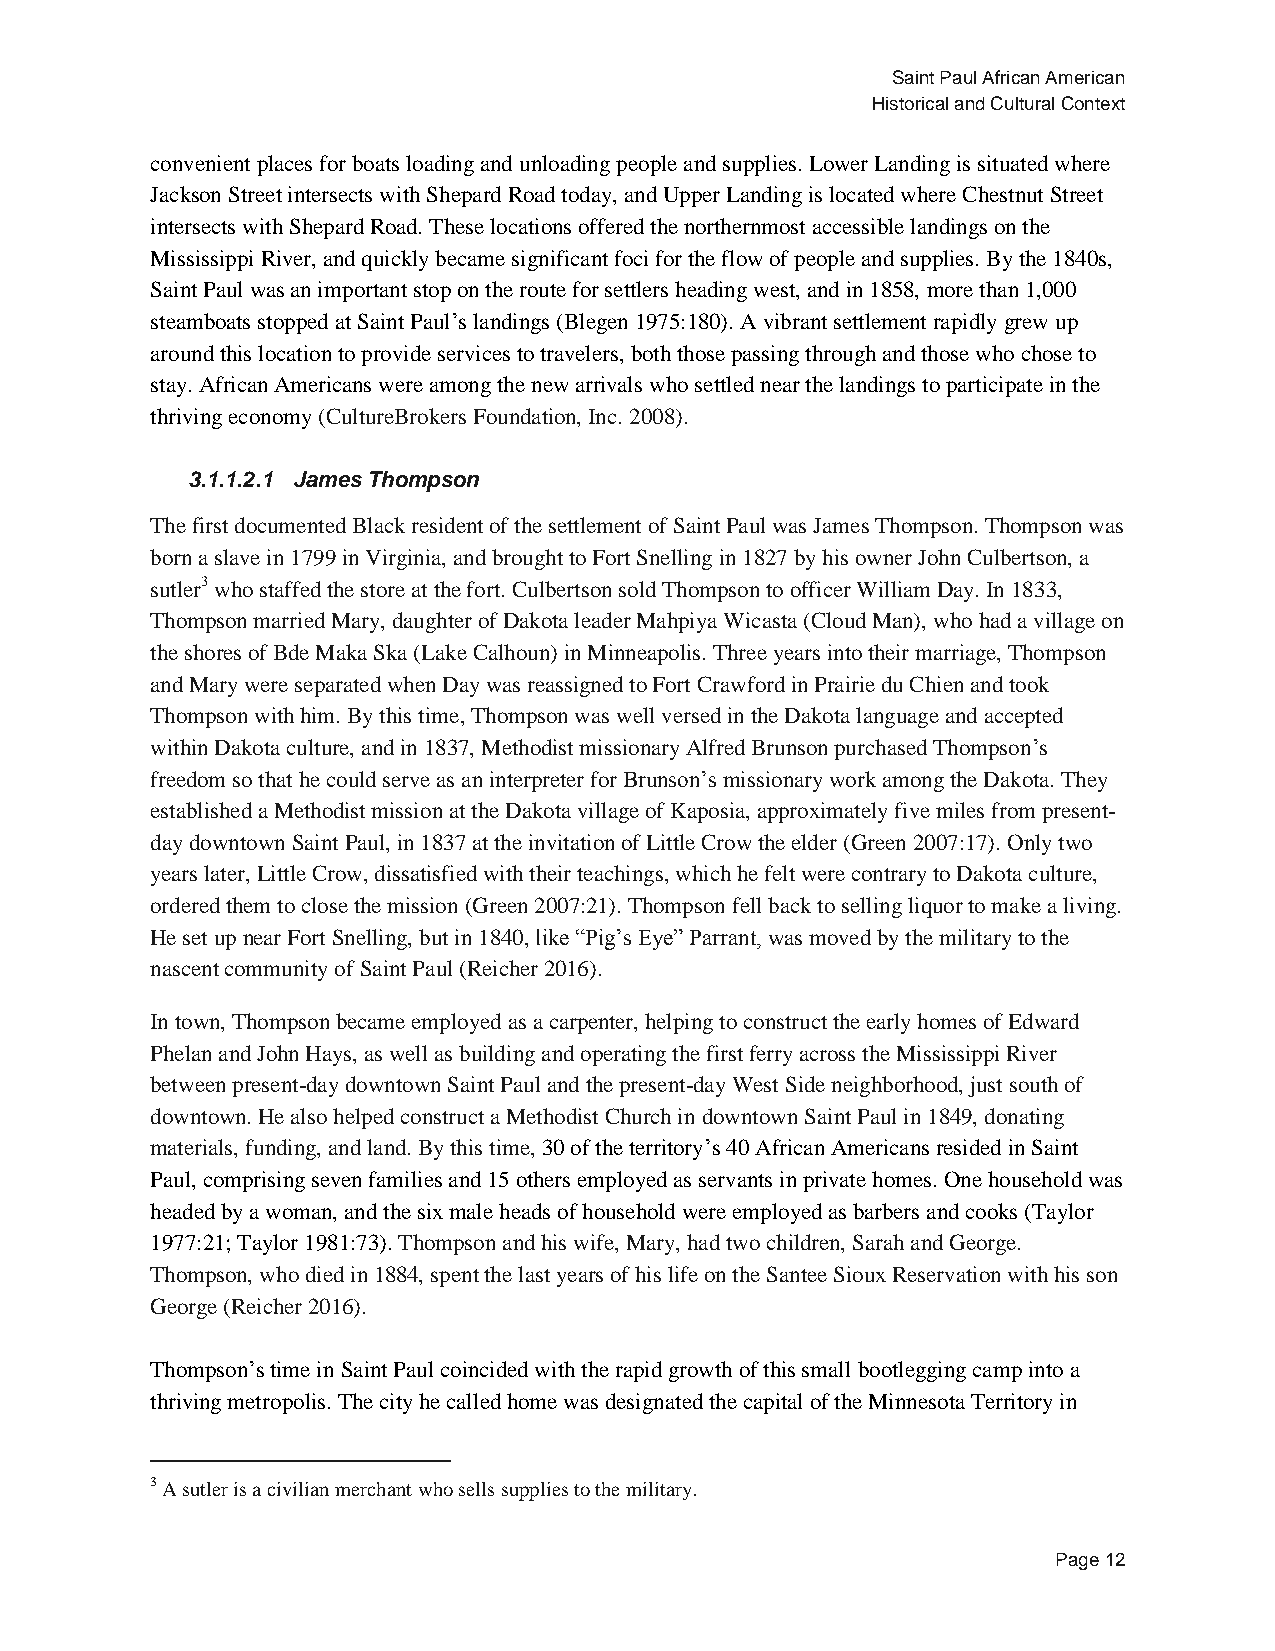
Saint Paul African American
 Historical and Cultural Context
 convenient places for boats loading and unloading people and supplies. Lower Landing is situated where
 Jackson Street intersects with Shepard Road today, and Upper Landing is located where Chestnut Street
 intersects with Shepard Road. These locations offered the northernmost accessible landings on the
 Mississippi River, and quickly became significant foci for the flow of people and supplies. By the 1840s,
 Saint Paul was an important stop on the route for settlers heading west, and in 1858, more than 1,000
 steamboats stopped at Saint Paul’s landings (Blegen 1975:180). A vibrant settlement rapidly grew up
 around this location to provide services to travelers, both those passing through and those who chose to
 stay. African Americans were among the new arrivals who settled near the landings to participate in the
 thriving economy (CultureBrokers Foundation, Inc. 2008).
 3.1.1.2.1 James Thompson
 The first documented Black resident of the settlement of Saint Paul was James Thompson. Thompson was
 born a slave in 1799 in Virginia, and brought to Fort Snelling in 1827 by his owner John Culbertson, a
 sutler3 who staffed the store at the fort. Culbertson sold Thompson to officer William Day. In 1833,
 Thompson married Mary, daughter of Dakota leader Mahpiya Wicasta (Cloud Man), who had a village on
 the shores of Bde Maka Ska (Lake Calhoun) in Minneapolis. Three years into their marriage, Thompson
 and Mary were separated when Day was reassigned to Fort Crawford in Prairie du Chien and took
 Thompson with him. By this time, Thompson was well versed in the Dakota language and accepted
 within Dakota culture, and in 1837, Methodist missionary Alfred Brunson purchased Thompson’s
 freedom so that he could serve as an interpreter for Brunson’s missionary work among the Dakota. They
 established a Methodist mission at the Dakota village of Kaposia, approximately five miles from present-
 day downtown Saint Paul, in 1837 at the invitation of Little Crow the elder (Green 2007:17). Only two
 years later, Little Crow, dissatisfied with their teachings, which he felt were contrary to Dakota culture,
 ordered them to close the mission (Green 2007:21). Thompson fell back to selling liquor to make a living.
 He set up near Fort Snelling, but in 1840, like “Pig’s Eye” Parrant, was moved by the military to the
 nascent community of Saint Paul (Reicher 2016).
 In town, Thompson became employed as a carpenter, helping to construct the early homes of Edward
 Phelan and John Hays, as well as building and operating the first ferry across the Mississippi River
 between present-day downtown Saint Paul and the present-day West Side neighborhood, just south of
 downtown. He also helped construct a Methodist Church in downtown Saint Paul in 1849, donating
 materials, funding, and land. By this time, 30 of the territory’s 40 African Americans resided in Saint
 Paul, comprising seven families and 15 others employed as servants in private homes. One household was
 headed by a woman, and the six male heads of household were employed as barbers and cooks (Taylor
 1977:21; Taylor 1981:73). Thompson and his wife, Mary, had two children, Sarah and George.
 Thompson, who died in 1884, spent the last years of his life on the Santee Sioux Reservation with his son
 George (Reicher 2016).
 Thompson’s time in Saint Paul coincided with the rapid growth of this small bootlegging camp into a
 thriving metropolis. The city he called home was designated the capital of the Minnesota Territory in
 3 A sutler is a civilian merchant who sells supplies to the military.
 Page 12